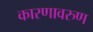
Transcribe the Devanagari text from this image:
कारणावरुण